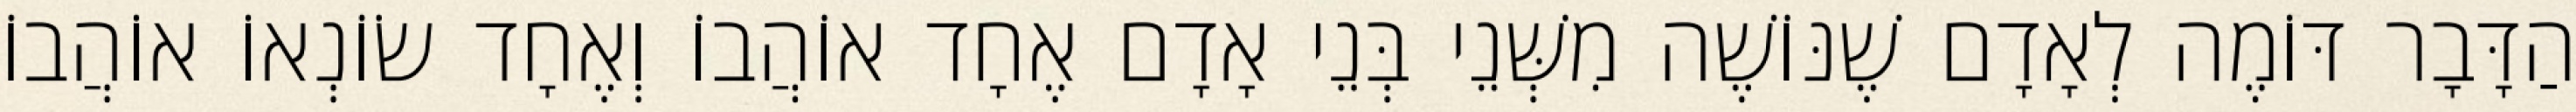
הַדָּבָר דּוֹמֶה לְאָדָם שֶׁנּוֹשֶׁה מִשְּׁנֵי בְּנֵי אָדָם אֶחָד אוֹהֲבוֹ וְאֶחָד שׂוֹנְאוֹ אוֹהֲבוֹ